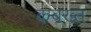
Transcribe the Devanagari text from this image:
कबख्त